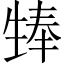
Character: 𪽃